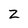
Character: Z